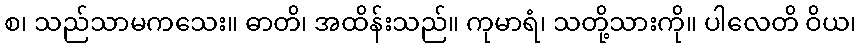
စ၊ သည်သာမကသေး။ ဓာတိ၊ အထိန်းသည်။ ကုမာရံ၊ သတို့သားကို။ ပါလေတိ ဝိယ၊